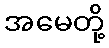
အမေတို့